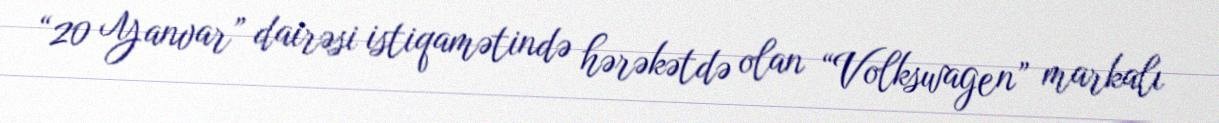
“20 Yanvar” dairəsi istiqamətində hərəkətdə olan “Volkswagen” markalı